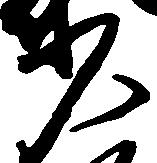
少